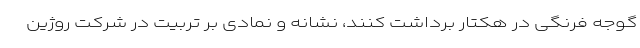
گوجه فرنگی در هکتار برداشت کنند، نشانه و نمادی بر تربیت در شرکت روژین